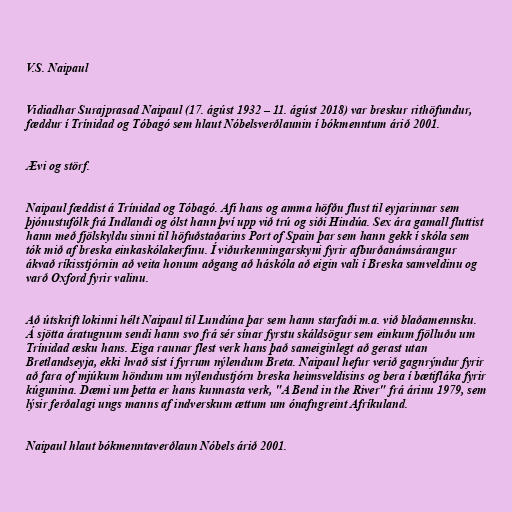
V.S. Naipaul

Vidiadhar Surajprasad Naipaul (17. ágúst 1932 – 11. ágúst 2018) var breskur rithöfundur,
fæddur í Trínidad og Tóbagó sem hlaut Nóbelsverðlaunin í bókmenntum árið 2001.

Ævi og störf.

Naipaul fæddist á Trínidad og Tóbagó. Afi hans og amma höfðu flust til eyjarinnar sem
þjónustufólk frá Indlandi og ólst hann því upp við trú og siði Hindúa. Sex ára gamall fluttist
hann með fjölskyldu sinni til höfuðstaðarins Port of Spain þar sem hann gekk í skóla sem
tók mið af breska einkaskólakerfinu. Í viðurkenningarskyni fyrir afburðanámsárangur
ákvað ríkisstjórnin að veita honum aðgang að háskóla að eigin vali í Breska samveldinu og
varð Oxford fyrir valinu.

Að útskrift lokinni hélt Naipaul til Lundúna þar sem hann starfaði m.a. við blaðamennsku.
Á sjötta áratugnum sendi hann svo frá sér sínar fyrstu skáldsögur sem einkum fjölluðu um
Trínidad æsku hans. Eiga raunar flest verk hans það sameiginlegt að gerast utan
Bretlandseyja, ekki hvað síst í fyrrum nýlendum Breta. Naipaul hefur verið gagnrýndur fyrir
að fara of mjúkum höndum um nýlendustjórn breska heimsveldisins og bera í bætifláka fyrir
kúgunina. Dæmi um þetta er hans kunnasta verk, "A Bend in the River" frá árinu 1979, sem
lýsir ferðalagi ungs manns af indverskum ættum um ónafngreint Afríkuland.

Naipaul hlaut bókmenntaverðlaun Nóbels árið 2001.